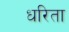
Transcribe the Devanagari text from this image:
धरिता